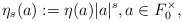
\begin{align*} \eta_s(a) := \eta(a)|a|^s,a \in F_0^\times,\end{align*}